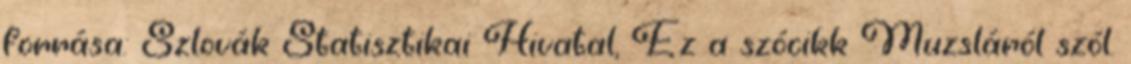
forrása: Szlovák Statisztikai Hivatal, Ez a szócikk Muzsláról szól.